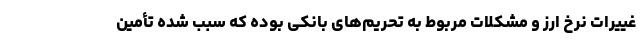
غییرات نرخ ارز و مشکلات مربوط به تحریم‌های بانکی بوده که سبب شده تأمین